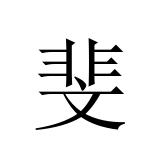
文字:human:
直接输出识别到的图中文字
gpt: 斐